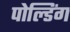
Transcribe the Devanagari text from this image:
पोल्डिंग